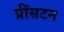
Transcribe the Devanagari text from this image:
प्रींसटन